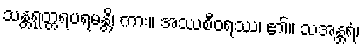
သန္တရုတ္တရပရမန္တိ၊ ကား။ အဿစီဝရဿ၊ ၏။ သအန္တရံ၊